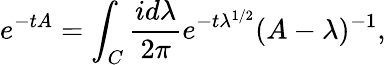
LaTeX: e^{-tA}=\int_{C}\frac{id\lambda}{2\pi}e^{-t\lambda^{1/2}}(A-\lambda)^{-1},